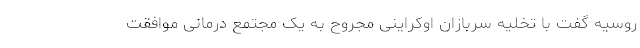
روسیه گفت با تخلیه سربازان اوکراینی مجروح به یک مجتمع درمانی موافقت